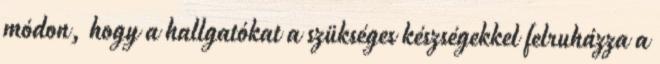
módon, hogy a hallgatókat a szükséges készségekkel felruházza a